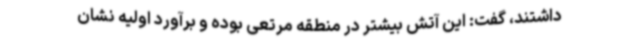
داشتند، گفت: این آتش بیشتر در منطقه مرتعی بوده و برآورد اولیه نشان